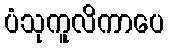
ပံသုကူလိကာပေ